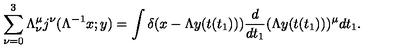
\sum _ { \nu = 0 } ^ { 3 } \Lambda _ { \nu } ^ { \mu } j ^ { \nu } ( \Lambda ^ { - 1 } x ; y ) = \int \delta ( x - \Lambda y ( t ( t _ { 1 } ) ) ) \frac { d } { d t _ { 1 } } ( \Lambda y ( t ( t _ { 1 } ) ) ) ^ { \mu } d t _ { 1 } .